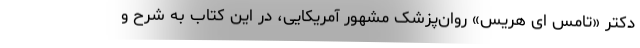
دکتر «تامس ای هریس» روان‌پزشک مشهور آمریکایی، در این کتاب به شرح و